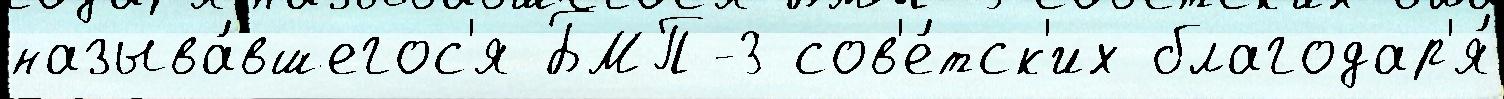
называ́вшегос'я БМП-3 сов'е́тск'их благодар'я́